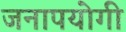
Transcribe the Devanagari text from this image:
जनापयोगी